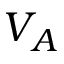
V _ { A }